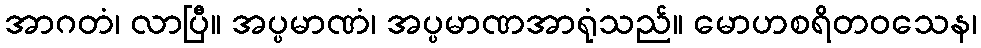
အာဂတံ၊ လာပြီ။ အပ္ပမာဏံ၊ အပ္ပမာဏအာရုံသည်။ မောဟစရိတဝသေန၊